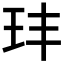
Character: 玤